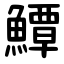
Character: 鱏